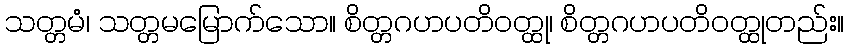
သတ္တမံ၊ သတ္တမမြောက်သော။ စိတ္တဂဟပတိဝတ္ထု၊ စိတ္တဂဟပတိဝတ္ထုတည်း။